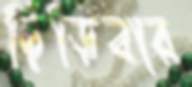
ছিঁড়িবার